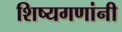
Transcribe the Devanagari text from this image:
शिष्यगणांनी